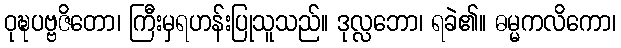
ဝုဍ္ဎပဗ္ဗဇိတော၊ ကြီးမှရဟန်းပြုသူသည်။ ဒုလ္လဘော၊ ရခဲ၏။ ဓမ္မကလိကော၊